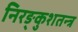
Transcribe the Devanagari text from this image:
निरङ्कुशतन्त्र